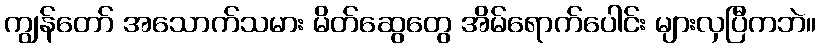
ကျွန်တော် အသောက်သမား မိတ်ဆွေတွေ အိမ်ရောက်ပေါင်း များလှပြီကဘဲ။